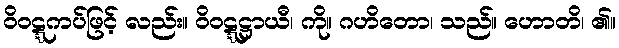
ဝိဝဋ္ဋကပ်ဖြင့် လည်း။ ဝိဝဋ္ဋဋ္ဌာယီ၊ ကို။ ဂဟိတော၊ သည်။ ဟောတိ၊ ၏။